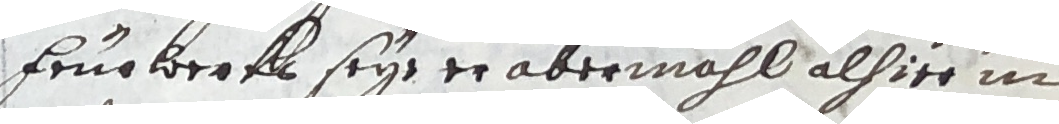
Frugkerf seye er abermahl alhier in